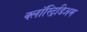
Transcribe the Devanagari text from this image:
क्लॉस्ट्रिडिअम